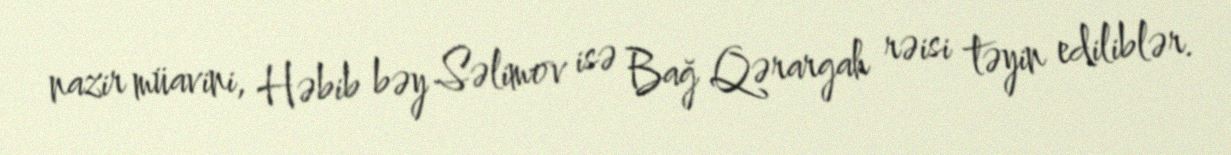
nazir müavini, Həbib bəy Səlimov isə Bağ Qərargah rəisi təyin ediliblər.